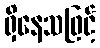
ရှိနေသဖြင့်